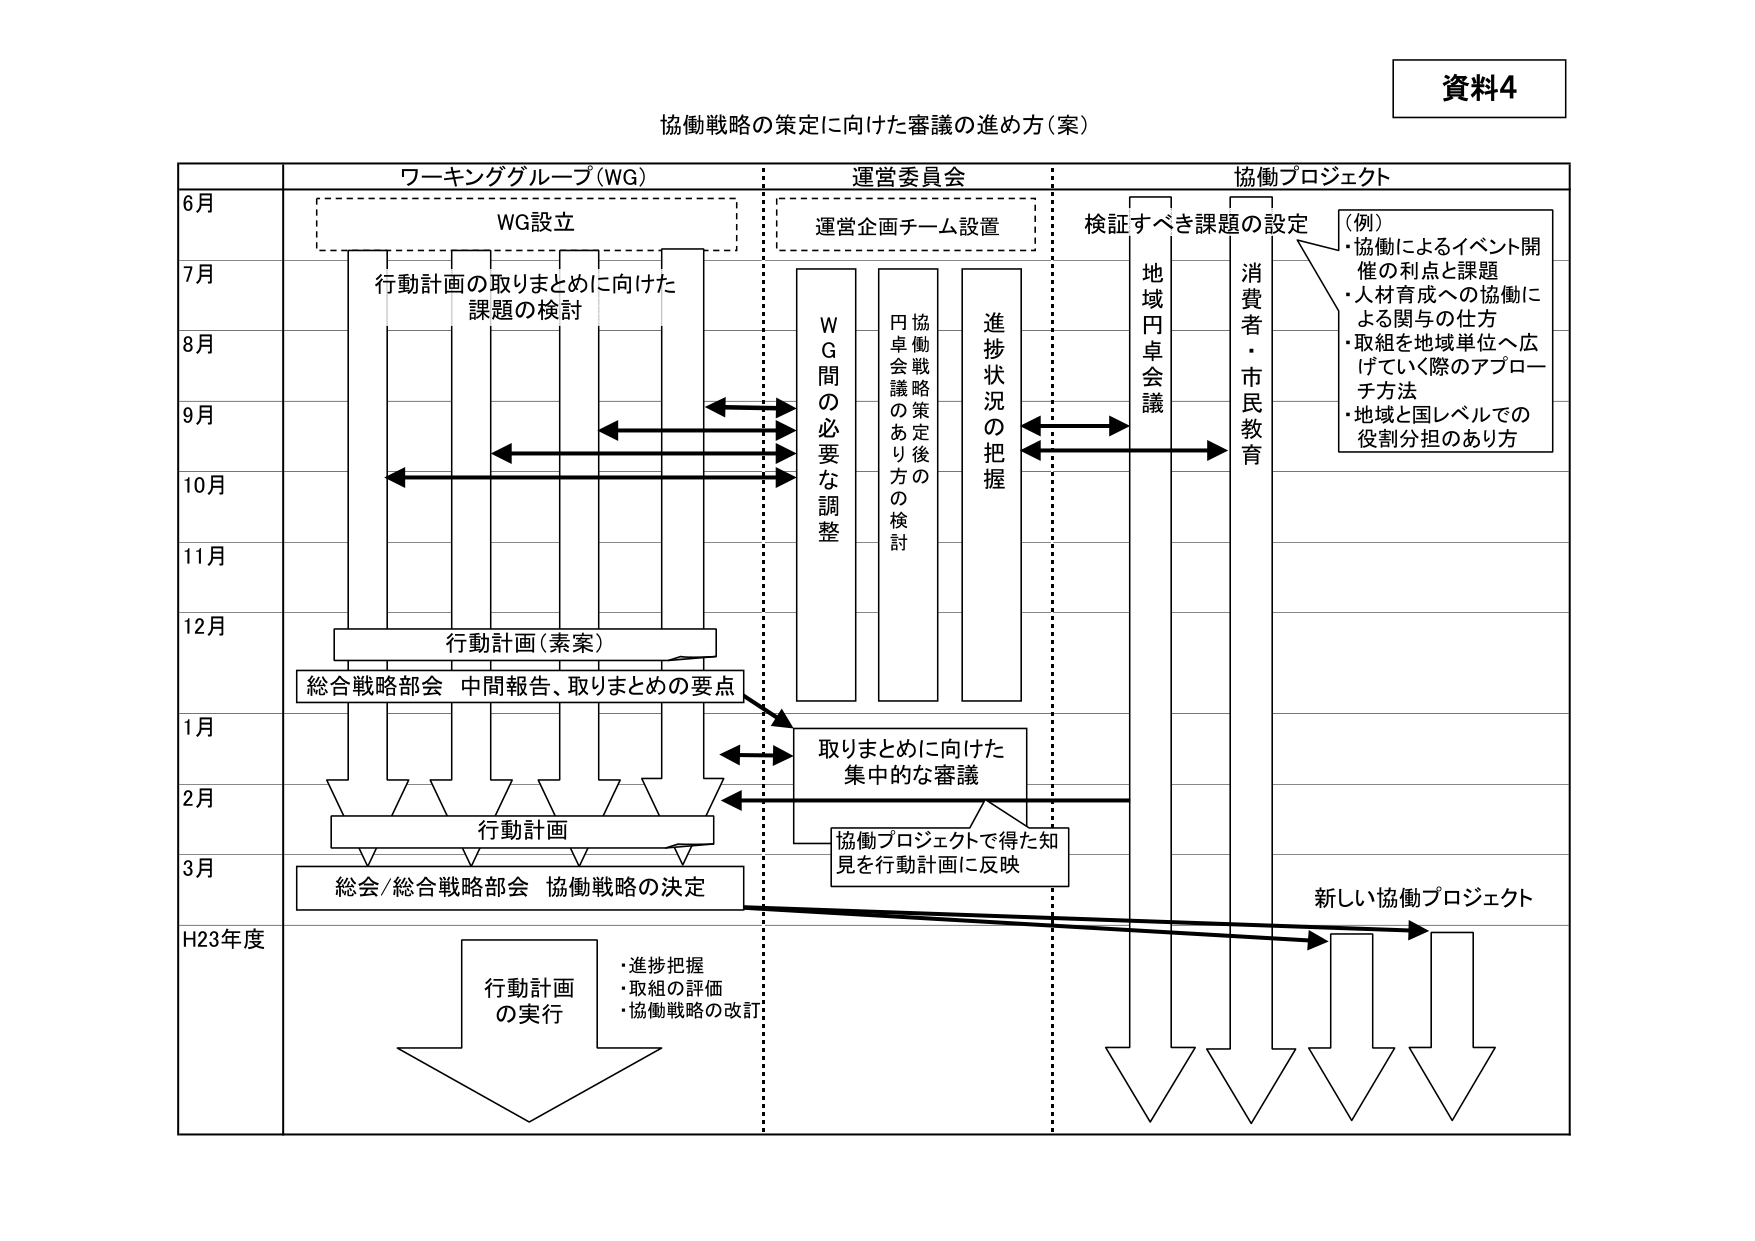
資料4
協働戦略の策定に向けた審議の進め方（案）

6月
ワーキンググループ（WG）
WG設立

7月
行動計画の取りまとめに向けた
課題の検討

8月

9月

10月

11月

12月
行動計画（素案）
総合戦略部会 中間報告、取りまとめの要点

1月

2月
行動計画

3月
総会/総合戦略部会 協働戦略の決定

H23年度
行動計画
の実行
・進捗把握
・取組の評価
・協働戦略の改訂

運営委員会
運営企画チーム設置
WG間の必要な調整
協働戦略策定後の
円卓会議のあり方の検討
進捗状況の把握

協働プロジェクト
検証すべき課題の設定
地域円卓会議
消費者・市民教育
（例）
・協働によるイベント開催の利点と課題
・人材育成への協働による関与の仕方
・取組を地域単位へ広げていく際のアプローチ方法
・地域と国レベルでの役割分担のあり方

取りまとめに向けた
集中的な審議
協働プロジェクトで得た知見を行動計画に反映

新しい協働プロジェクト